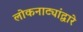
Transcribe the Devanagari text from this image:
लोकनाट्यांद्वारे